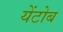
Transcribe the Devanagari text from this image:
येंटोब